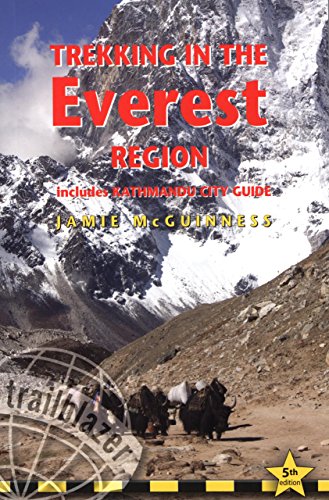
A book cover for Trekking in the Everest Region: Includes Kathmandu City Guide; Jamie Mcguinness; Travel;